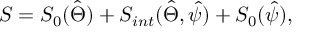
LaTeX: S = S _ { 0 } ( \hat { \Theta } ) + S _ { i n t } ( \hat { \Theta } , \hat { \psi } ) + S _ { 0 } ( \hat { \psi } ) ,